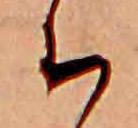
ち